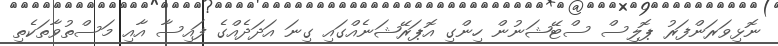
ނޮޅިވަރަންފަރު ޕޮލިސް ސްޓޭޝަނުން ހިންގި އޮޕަރޭޝަނެއްގައި ގިނަ އަދަދެއްގެ ފައިސާ އާއި މަސްތުވާތަކެތި